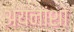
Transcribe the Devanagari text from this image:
अयनांशों